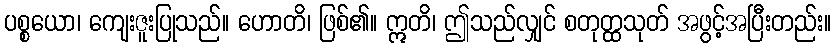
ပစ္စယော၊ ကျေးဇူးပြုသည်။ ဟောတိ၊ ဖြစ်၏။ ဣတိ၊ ဤသည်လျှင် စတုတ္ထသုတ် အဖွင့်အပြီးတည်း။